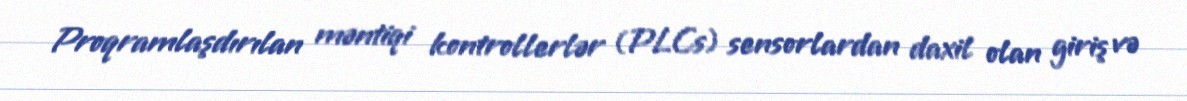
Proqramlaşdırılan məntiqi kontrollerlər (PLCs) sensorlardan daxil olan giriş və